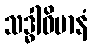
သဒ္ဓါဝိမာနံ